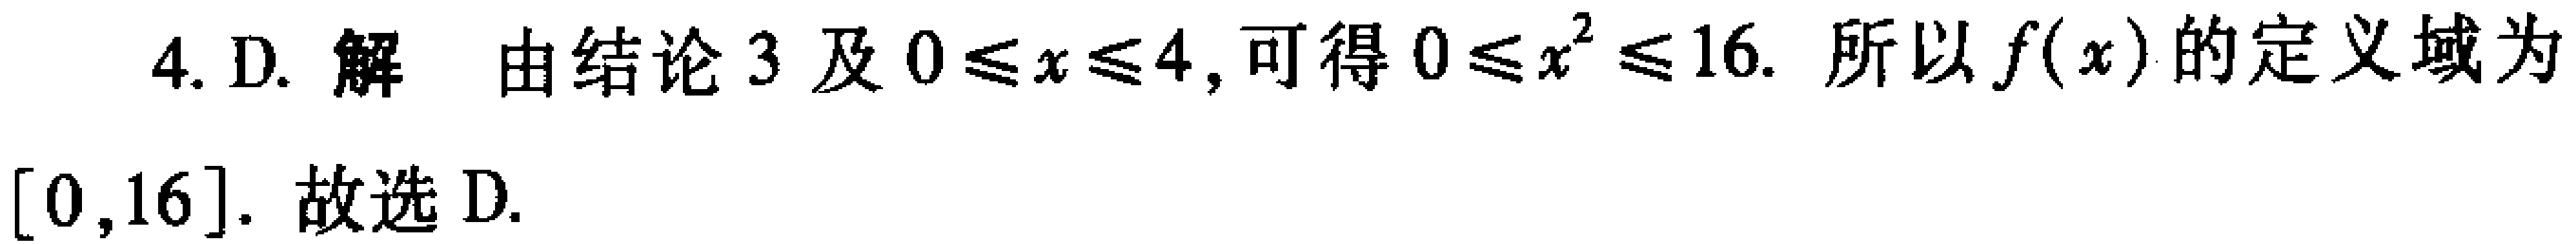
4. D. 解 由结论 3 及 \(0\leq x\leq4\), 可得 \(0\leq x^{2}\leq16\). 所以 \(f(x)\) 的定义域为\([0,16]\). 故选 D.